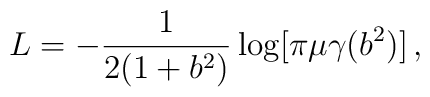
L = -\frac{1}{2(1+b^2)}\log[\pi\mu\gamma(b^2)]\,,